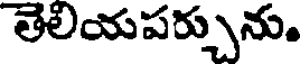
తెలియపర్చును.